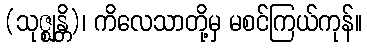
(သုဇ္ဈန္တိ)၊ ကိလေသာတို့မှ မစင်ကြယ်ကုန်။